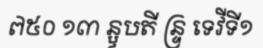
៧៥០ ១៣ ន្ឫបតី ន្ទ្រ ទេវីទី១